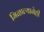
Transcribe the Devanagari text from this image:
मिळाल्यानेही